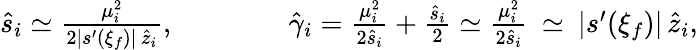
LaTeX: \begin{array}{r}{\hat{s}_{i}\simeq\frac{\mu_{i}^{2}}{2\left|s^{\prime}(\xi_{f})\right|\, \hat{z}_{i}},\qquad\qquad\hat{\gamma}_{i}=\frac{\mu_{i}^{2}}{2\hat{s}_{i}}+\frac{\hat{s}_{i}}2\simeq\frac{\mu_{i}^{2}}{2\hat{s}_{i}}\: \simeq\: \left|s^{\prime}(\xi_{f})\right|\, \hat{z}_{i},}\end{array}